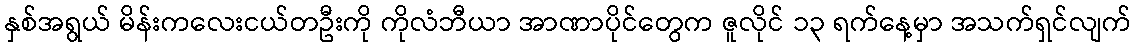
နှစ်အရွယ် မိန်းကလေးငယ်တဦးကို ကိုလံဘီယာ အာဏာပိုင်တွေက ဇူလိုင် ၁၃ ရက်နေ့မှာ အသက်ရှင်လျက်